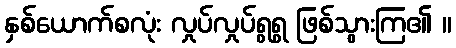
နှစ်ယောက်စလုံး လှုပ်လှုပ်ရွရွ ဖြစ်သွားကြ၏ ။